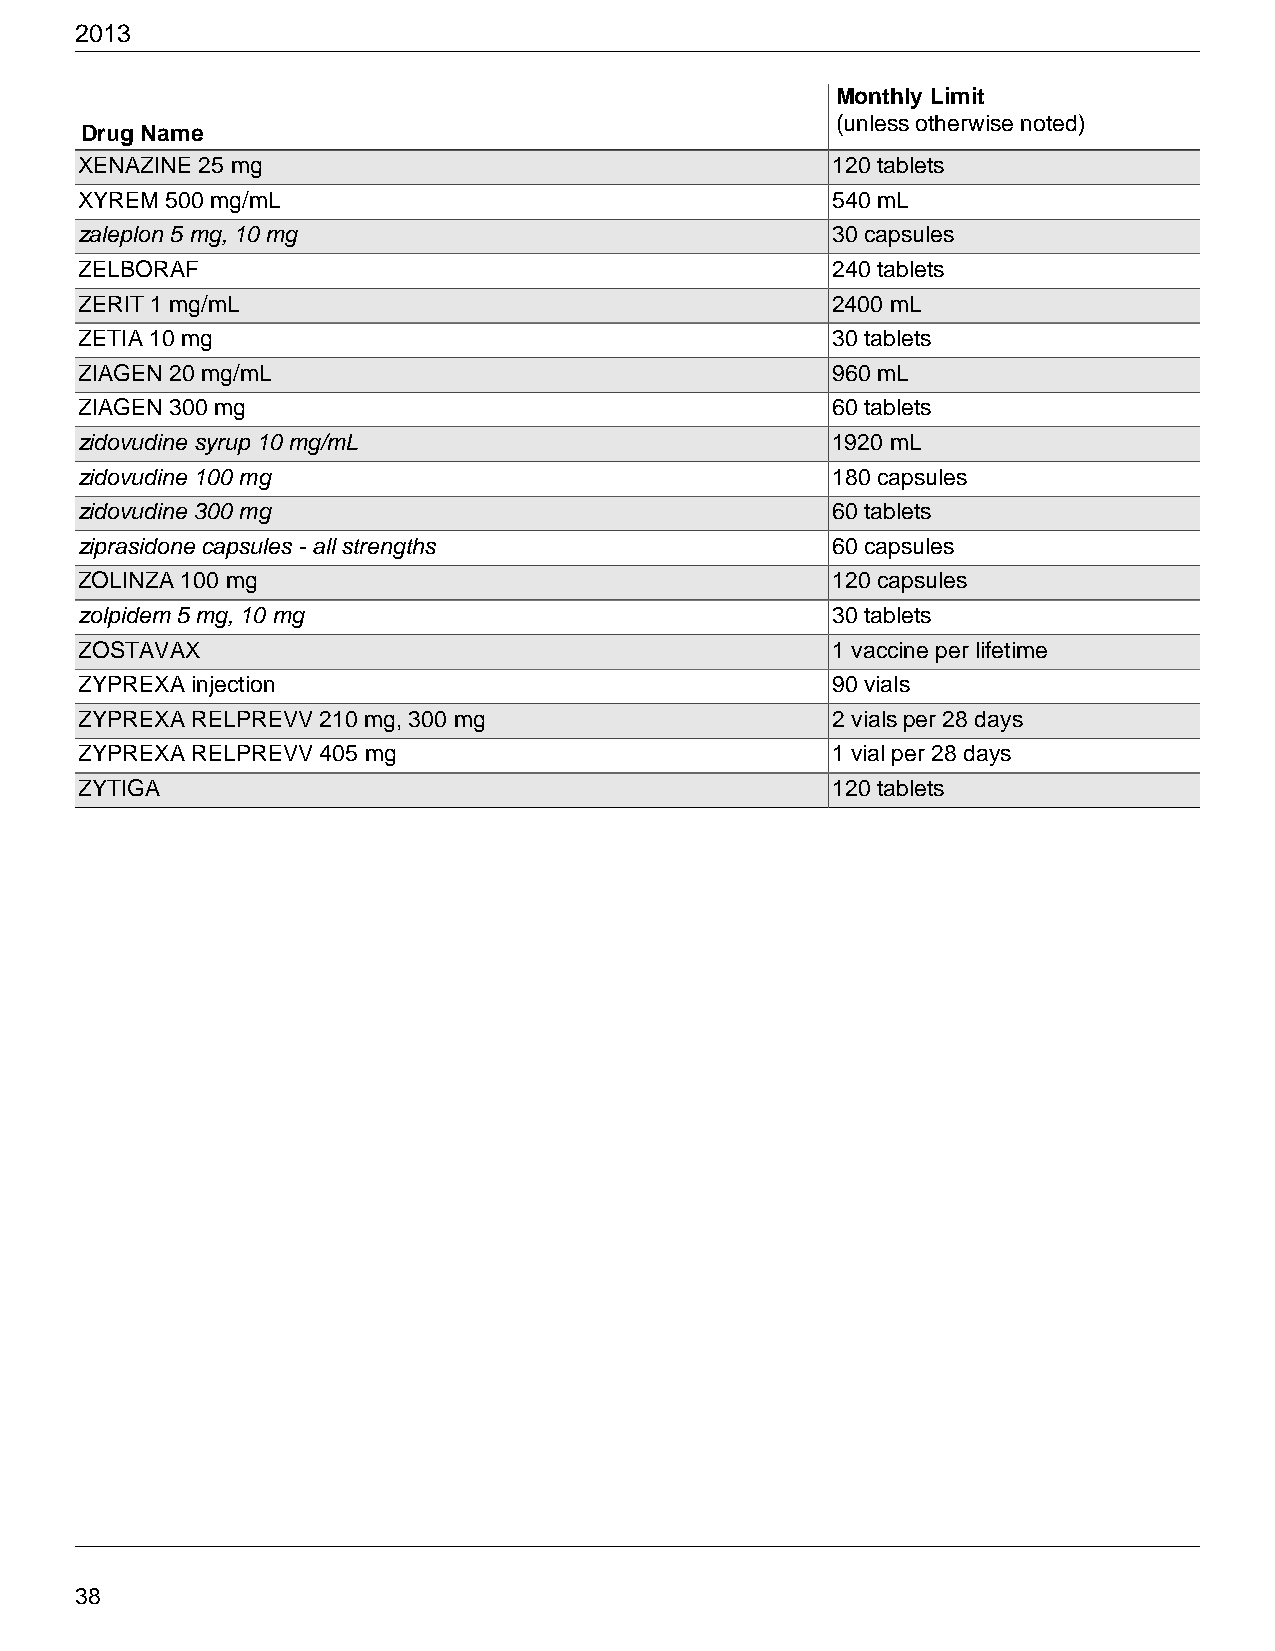
2013
 Monthly Limit
 (unless otherwise noted)
 Drug Name
 XENAZINE 25 mg                                    120 tablets
 XYREM 500 mg/mL                                   540 mL
 zaleplon 5 mg, 10 mg                              30 capsules
 ZELBORAF                                          240 tablets
 ZERIT 1 mg/mL                                     2400 mL
 ZETIA 10 mg                                       30 tablets
 ZIAGEN 20 mg/mL                                   960 mL
 ZIAGEN 300 mg                                     60 tablets
 zidovudine syrup 10 mg/mL                         1920 mL
 zidovudine 100 mg                                 180 capsules
 zidovudine 300 mg                                 60 tablets
 ziprasidone capsules - all strengths              60 capsules
 ZOLINZA 100 mg                                    120 capsules
 zolpidem 5 mg, 10 mg                              30 tablets
 ZOSTAVAX                                          1 vaccine per lifetime
 ZYPREXA injection                                 90 vials
 ZYPREXA RELPREVV 210 mg, 300 mg                   2 vials per 28 days
 ZYPREXA RELPREVV 405 mg                           1 vial per 28 days
 ZYTIGA                                            120 tablets
 38